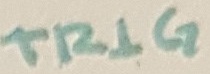
Text: TRIG